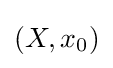
\left(X,x_{0}\right)